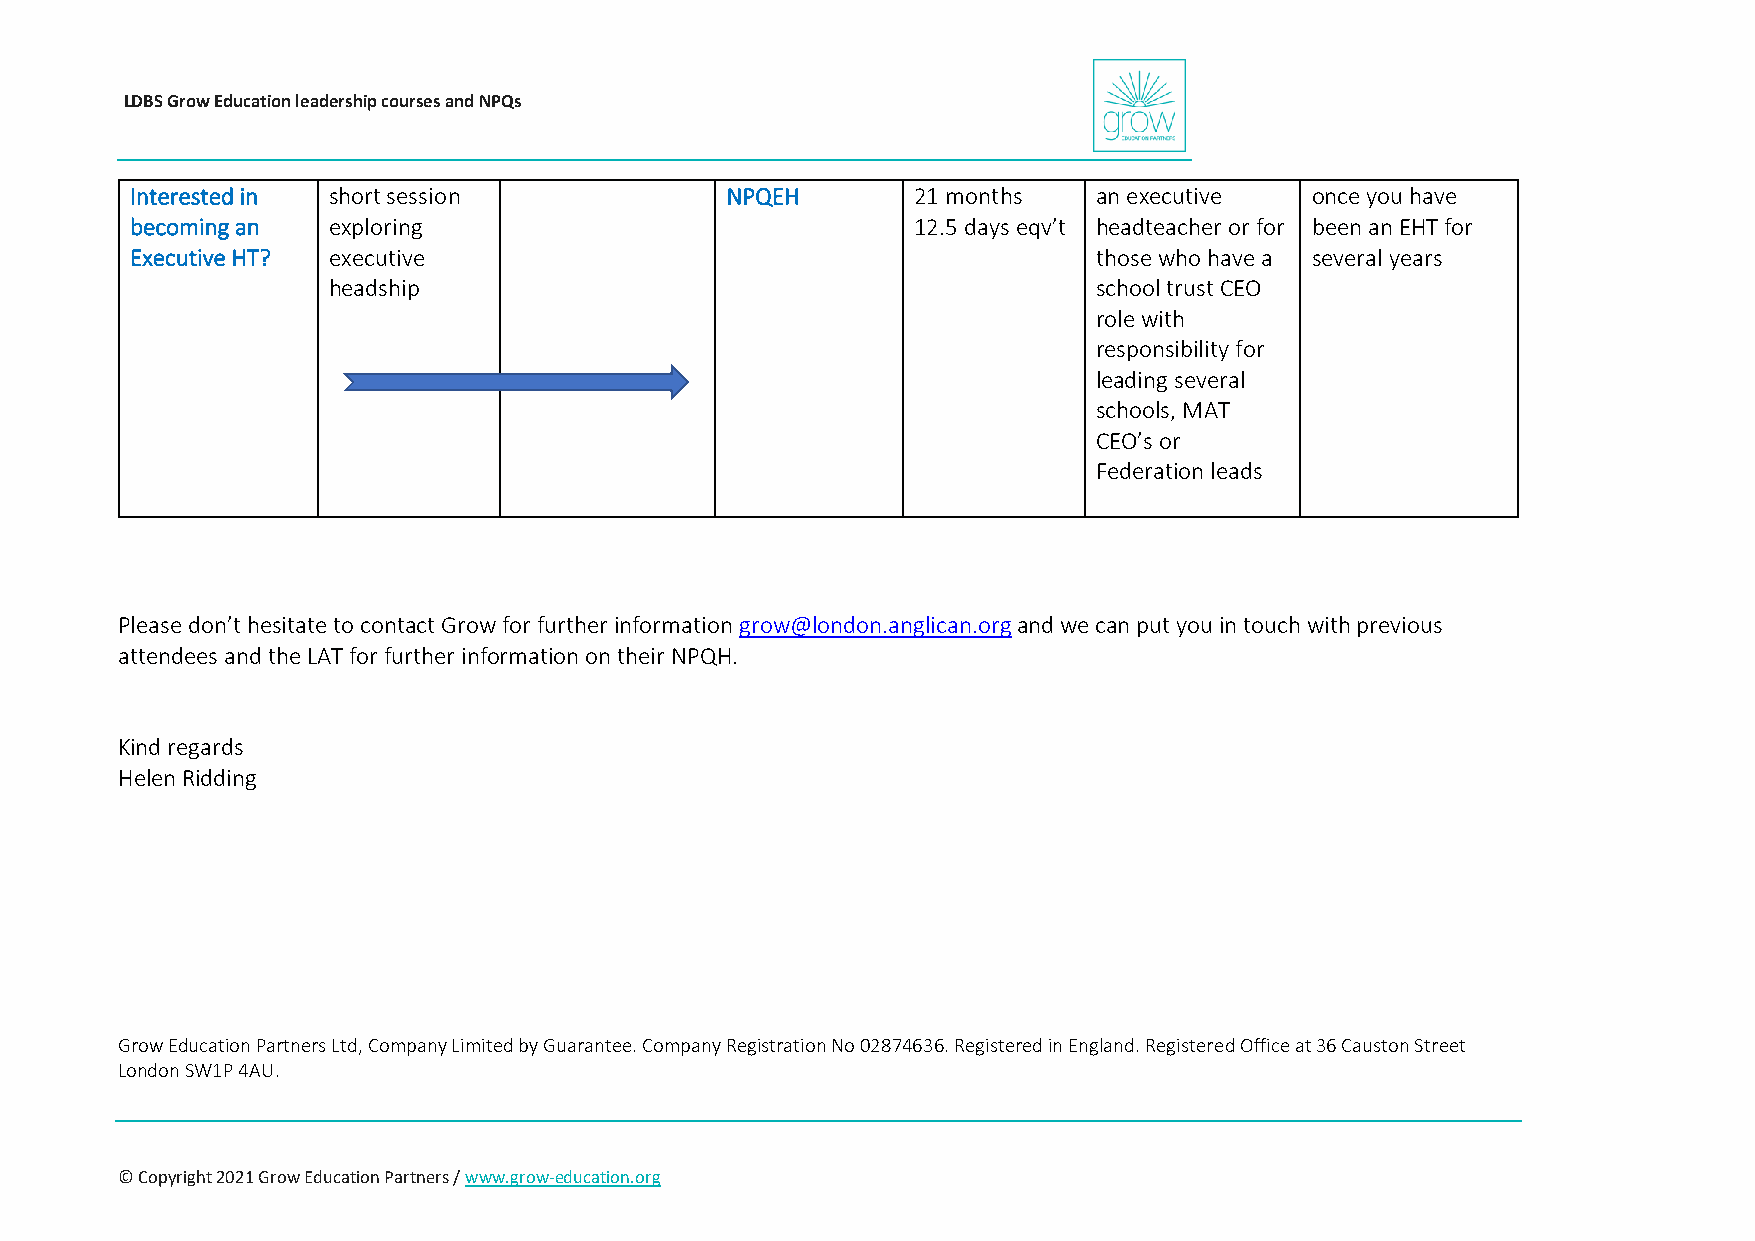
LDBS Grow Education leadership courses and NPQs
 Interested in short session            NPQEH        21 months   an executive  once you have
 becoming an  exploring                              12.5 days eqv’t headteacher or for been an EHT for
 Executive HT? executive                                         those who have a several years
 headship                                           school trust CEO
 role with
 responsibility for
 leading several
 schools, MAT
 CEO’s or
 Federation leads
 Please don’t hesitate to contact Grow for further information grow@london.anglican.org and we can put you in touch with previous
 attendees and the LAT for further information on their NPQH.
 Kind regards
 Helen Ridding
 Grow Education Partners Ltd, Company Limited by Guarantee. Company Registration No 02874636. Registered in England. Registered Office at 36 Causton Street
 London SW1P 4AU.
 © Copyright 2021 Grow Education Partners / www.grow-education.org